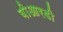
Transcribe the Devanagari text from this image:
बीआरडी